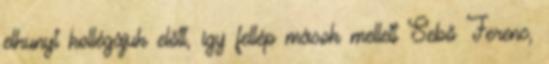
elhunyt kollégájuk előtt, így fellép mások mellett Sebő Ferenc,